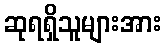
ဆုရရှိသူများအား